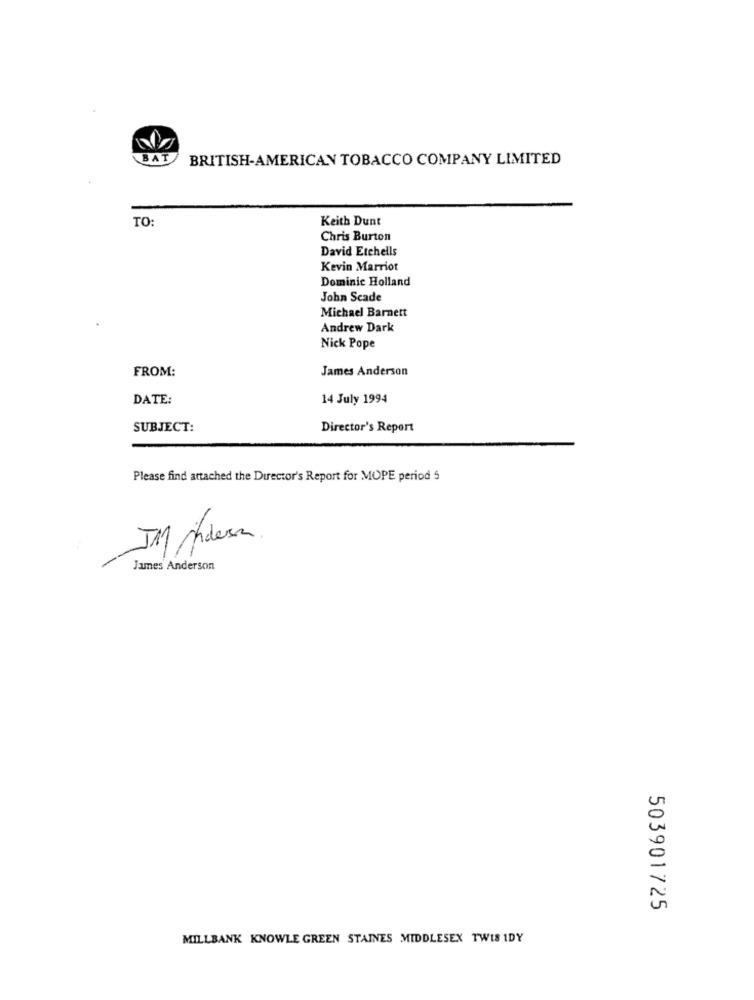
BAT
BRITISH-AMERICAN TOBACCO COMPANY LIMITED
TO:
Keith Dunt
Chris Burton
David Etchells
Kevin Marriot
Dominic Holland
John Scade
Michael Barnett
Andrew Dark
Nick Pope
FROM:
James Anderson
DATE:
14 July 1994
SUBJECT:
Director's Report
Please find attached the Director's Report for MOPE period 5
-
James Anderson
503901725
MILLBANK KNOWLE GREEN STAINES MIDDLESEX TWIS IDY